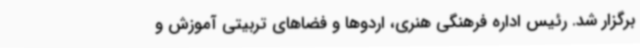
برگزار شد. رئیس اداره فرهنگی هنری، اردوها و فضاهای تربیتی آموزش و